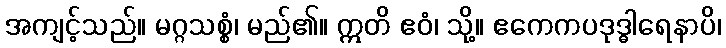
အကျင့်သည်။ မဂ္ဂသစ္စံ၊ မည်၏။ ဣတိ ဧဝံ၊ သို့။ ဧကေကပဒုဒ္ဓါရေနာပိ၊